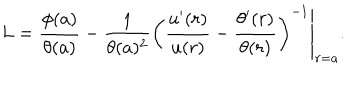
L = \frac { \phi ( a ) } { \theta ( a ) } - \frac { 1 } { \theta ( a ) ^ { 2 } } \left. \left( \frac { u ^ { \prime } ( r ) } { u ( r ) } - \frac { \theta ^ { \prime } ( r ) } { \theta ( r ) } \right) ^ { - 1 } \right| _ { r = a } .